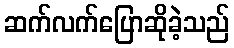
ဆက်လက်ပြောဆိုခဲ့သည်